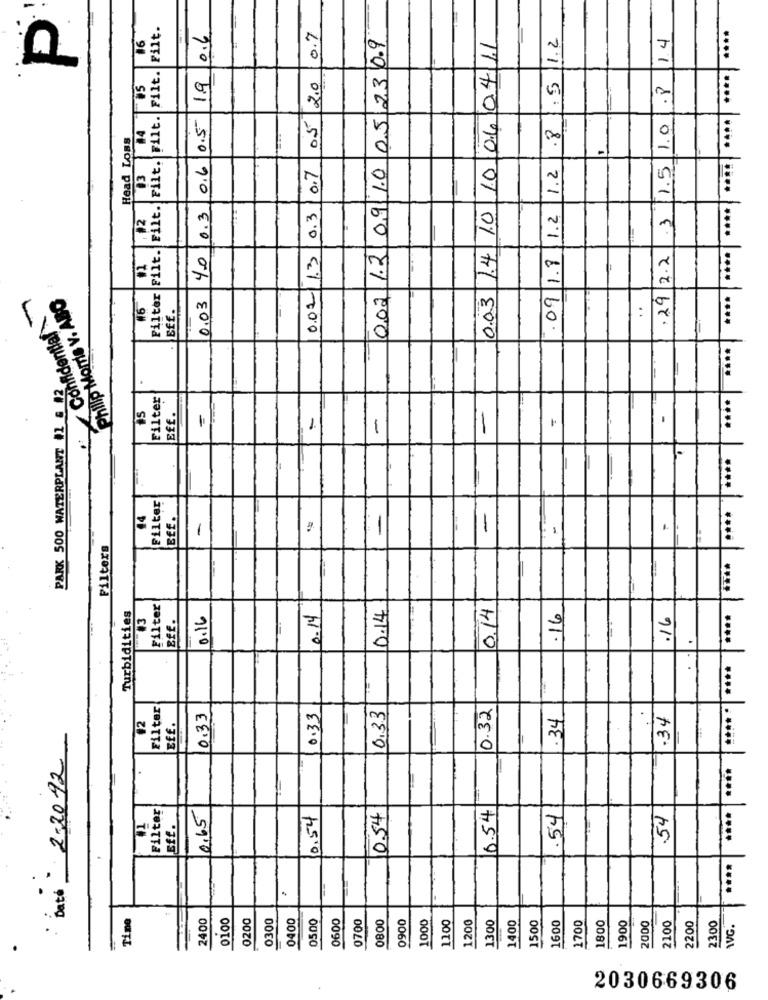
Filt. Filt. Filt.
....
16
0.6
0.7
10 06 04 11
: 5 12
1.4
002 12 09 1.0 05 23 0.9
....
1.9
05 2.0
.8
#4
0.6 0.5
.8
1.0
Head Loss
Filter Filt. Filt. Filt.
0.02/13 0.3|0.7
1.2
3 1.5
03
0.03 14 10
-
#2
0.3
1.2
.09 1.8
.29 2.2
Confidential
Philip Morris v. ABO
0.03
16
..
. Eff.
****
PARK 500 WATERPLANT 11 & 12
Filter
Eff.
=
-
-
-
Filter
44
BEE.
-
-
-
-
1
Filters
Filter
0.14
0.14
Turbidities
0.16
0.14
.16
.16
****
Filter
0.32
**** *
0.33
0.33
0,33
.34
.34
12
Eff.
Date: 2-2092
....
1
Filter
0.54
....
0.65
0.54
10.54
.54
54
sff.
Tine
2400
0100
0200
0300
0400
0500
0600
0700
0800
0900
1000
1100
1200
1300
1400
1500
1600
1700
1800
1900
2000
2100
2200
2300
AVG.
2030669306